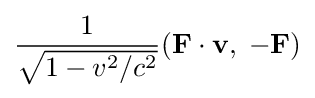
{\frac {1}{\sqrt {1-v^{2}/c^{2}}}}(\mathbf {F} \cdot \mathbf {v} ,\;-\mathbf {F} )